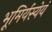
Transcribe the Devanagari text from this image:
भूमिर्यस्येयं